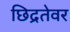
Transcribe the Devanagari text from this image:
छिद्रतेवर